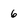
Character: 6